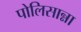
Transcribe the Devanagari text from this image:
पोलिसान्ना